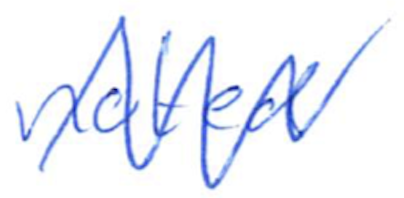
Text: noted
Cross-out: zig-zag
Writing tool: ballpoint